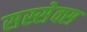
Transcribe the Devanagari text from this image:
सस्सेक्स